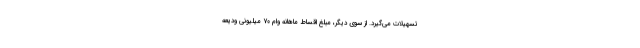
تسهیلات می‌گیرد. از سوی دیگر، مبلغ اقساط ماهانه وام ۷۰ میلیونی ودیعه